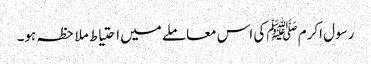
رسول اکرم ﷺکی اس معاملے میں احتیاط ملاحظہ ہو۔